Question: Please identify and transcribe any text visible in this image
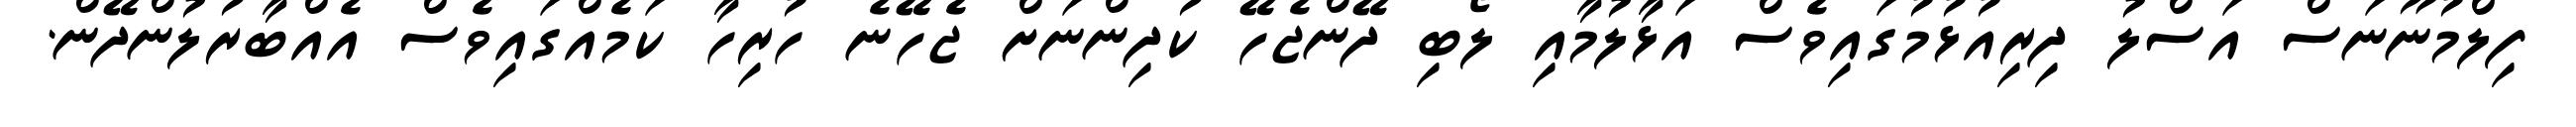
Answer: ފިލްމުނޫނަސް އަސްލު ދިރިއުޅުމުގައިވެސް އަޅާލުމާއި ލޯބި ދޭންޖެހޭ ކުދިންނަށް ޖެހޭނެ ހުރިހާ ކަމެއްގައިވެސް އެއްބާރުލުންދޭން.